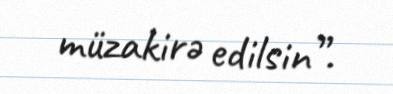
müzakirə edilsin”.